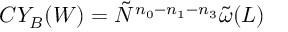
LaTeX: C Y _ { B } ( W ) = \tilde { N } ^ { n _ { 0 } - n _ { 1 } - n _ { 3 } } \tilde { \omega } ( L )